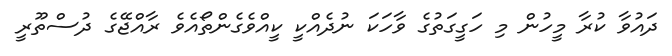
ދައުވާ ކުރާ މީހުން މި ހަގީގަތުގެ ވާހަކަ ނުދެއްކީ ކީއްވެގެންތޯއެވެ ރާއްޖޭގެ ދުސްތޫރީ